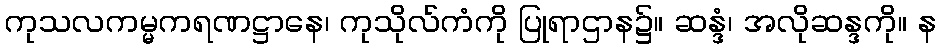
ကုသလကမ္မကရဏဋ္ဌာနေ၊ ကုသိုလ်ကံကို ပြုရာဌာန၌။ ဆန္ဒံ၊ အလိုဆန္ဒကို။ န